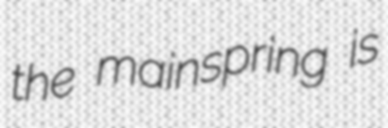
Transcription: the mainspring is